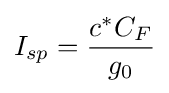
I_{sp}={\frac {c^{*}C_{F}}{g_{0}}}